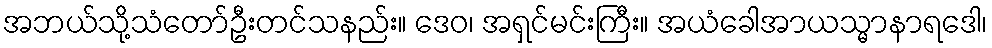
အဘယ်သို့သံတော်ဦးတင်သနည်း။ ဒေဝ၊ အရှင်မင်းကြီး။ အယံခေါအာယသ္မာနာရဒေါ၊